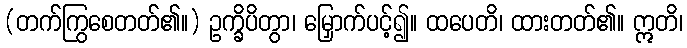
(တက်ကြွစေတတ်၏။) ဥက္ခိပိတွာ၊ မြှောက်ပင့်၍။ ထပေတိ၊ ထားတတ်၏။ ဣတိ၊